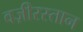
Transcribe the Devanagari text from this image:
वज़ीरस्तान